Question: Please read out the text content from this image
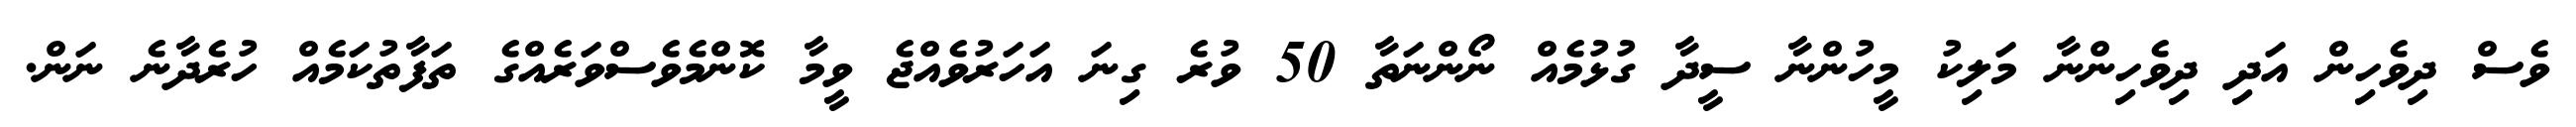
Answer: ވެސް ދިވެހިން އަދި ދިވެހިންނާ މަލިކު މީހުންނާ ސީދާ ގުޅުމެއް ނޯންނަތާ 50 ވުރެ ގިނަ އަހަރުވެއްޖެ ވީމާ ކޮންމެވެސްވަރެއްގެ ތަފާތުކަމެއް ހުރެދާނެ ނަން.